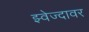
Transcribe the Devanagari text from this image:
झ्वेज्दावर